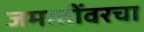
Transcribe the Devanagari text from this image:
जमातींवरचा